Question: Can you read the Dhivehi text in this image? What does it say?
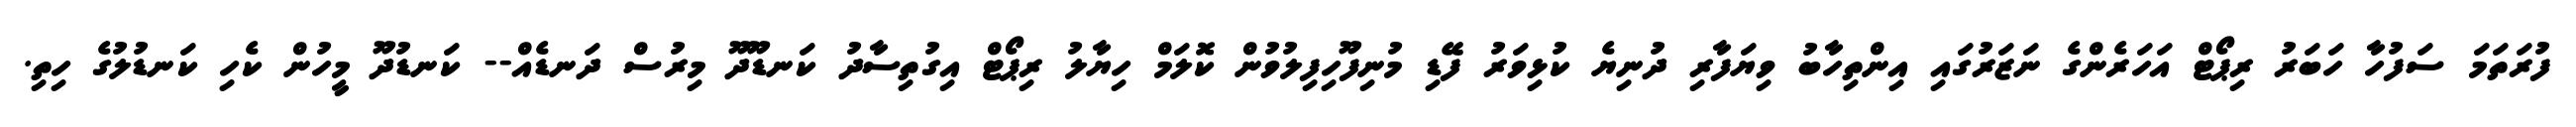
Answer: ފުރަތަމަ ސަފުހާ ހަބަރު ރިޕޯޓް އަހަރެންގެ ނަޒަރުގައި އިންތިހާބު ވިޔަފާރި ދުނިޔެ ކުޅިވަރު ފޭޑި މުނިފޫހިފިލުވުން ކޮލަމް ހިޔާލު ރިޕޯޓް އިގުތިސާދު ކަނޑޫދޫ މިރުސް ދަނޑެއް-- ކަނޑުދޫ މީހުން ކެހި ކަނޑުލުގެ ހިތި.